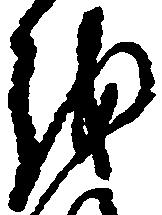
越